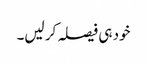
خود ہی فیصلہ کر لیں۔